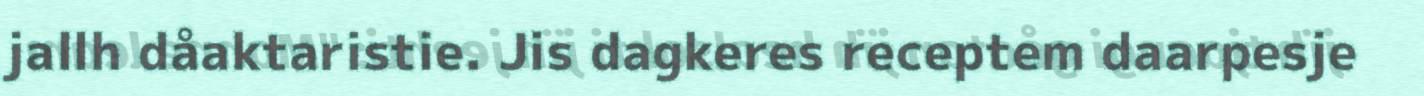
jallh dåaktaristie. Jis dagkeres receptem daarpesje